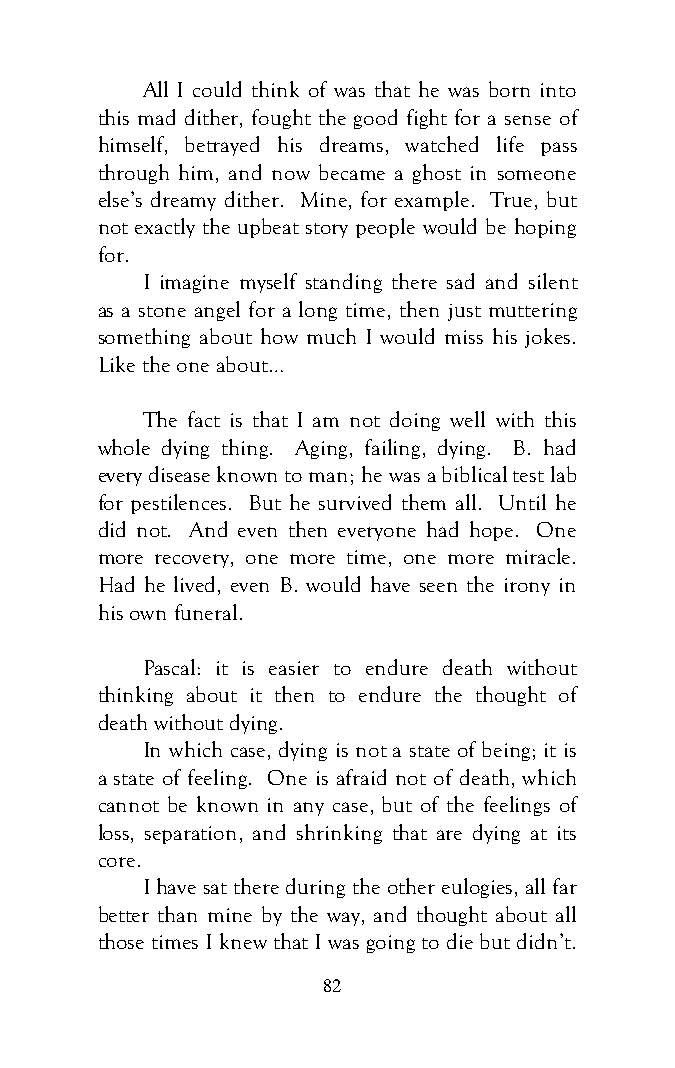
All I could think of was that he was born into
 this mad dither, fought the good fight for a sense of
 himself, betrayed his dreams, watched life pass
 through him, and now became a ghost in someone
 else’s dreamy dither. Mine, for example. True, but
 not exactly the upbeat story people would be hoping
 for.
 I imagine myself standing there sad and silent
 as a stone angel for a long time, then just muttering
 something about how much I would miss his jokes.
 Like the one about…
 The fact is that I am not doing well with this
 whole dying thing. Aging, failing, dying. B. had
 every disease known to man; he was a biblical test lab
 for pestilences. But he survived them all. Until he
 did not. And even then everyone had hope. One
 more recovery, one more time, one more miracle.
 Had he lived, even B. would have seen the irony in
 his own funeral.
 Pascal: it is easier to endure death without
 thinking about it then to endure the thought of
 death without dying.
 In which case, dying is not a state of being; it is
 a state of feeling. One is afraid not of death, which
 cannot be known in any case, but of the feelings of
 loss, separation, and shrinking that are dying at its
 core.
 I have sat there during the other eulogies, all far
 better than mine by the way, and thought about all
 those times I knew that I was going to die but didn’t.
 82